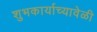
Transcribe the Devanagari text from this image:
शुभकार्याच्यावेळी